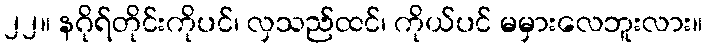
၂၂။ နဂိုရ်တိုင်းကိုပင်၊ လှသည်ထင်၊ ကိုယ်ပင် မမှားလေဘူးလား။